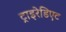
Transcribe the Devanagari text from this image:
ट्राइरेडिएट